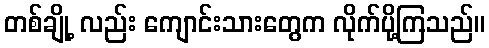
တစ်ချို့ လည်း ကျောင်းသားတွေက လိုက်ပို့ကြသည်။